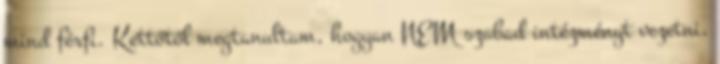
mind férfi. Kettőtől megtanultam, hogyan NEM szabad intézményt vezetni,